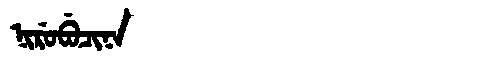
Manchu: ᠨᡳᡵᡠᠪᡠᠴᡳᠨᠠ
Romanization: NIRUBUCINA